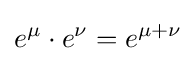
e^{\mu }\cdot e^{\nu }=e^{\mu +\nu }